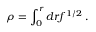
\rho = \int _ { 0 } ^ { r } d r f ^ { 1 / 2 } \; .